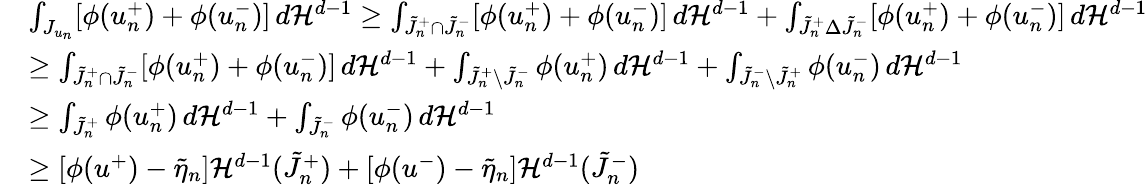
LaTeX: \begin{array}{rl}&{\int_{J_{u_{n}}}[\phi(u_{n}^{+})+\phi(u_{n}^{-})]\, d{\mathcal{H}}^{d-1}\geq\int_{\tilde{J}_{n}^{+}\cap\tilde{J}_{n}^{-}}[\phi(u_{n}^{+})+\phi(u_{n}^{-})]\, d{\mathcal{H}}^{d-1}+\int_{\tilde{J}_{n}^{+}\Delta\tilde{J}_{n}^{-}}[\phi(u_{n}^{+})+\phi(u_{n}^{-})]\, d{\mathcal{H}}^{d-1}}\\ &{\geq\int_{\tilde{J}_{n}^{+}\cap\tilde{J}_{n}^{-}}[\phi(u_{n}^{+})+\phi(u_{n}^{-})]\, d{\mathcal{H}}^{d-1}+\int_{\tilde{J}_{n}^{+}\setminus\tilde{J}_{n}^{-}}\phi(u_{n}^{+})\, d{\mathcal{H}}^{d-1}+\int_{\tilde{J}_{n}^{-}\setminus\tilde{J}_{n}^{+}}\phi(u_{n}^{-})\, d{\mathcal{H}}^{d-1}}\\ &{\geq\int_{\tilde{J}_{n}^{+}}\phi(u_{n}^{+})\, d{\mathcal{H}}^{d-1}+\int_{\tilde{J}_{n}^{-}}\phi(u_{n}^{-})\, d{\mathcal{H}}^{d-1}}\\ &{\geq[\phi(u^{+})-\tilde{\eta}_{n}]{\mathcal{H}}^{d-1}(\tilde{J}_{n}^{+})+[\phi(u^{-})-\tilde{\eta}_{n}]{\mathcal{H}}^{d-1}(\tilde{J}_{n}^{-})}\end{array}